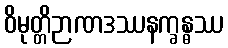
ဝိမုတ္တိဉာဏဒဿနက္ခန္ဓဿ